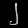
Digit: ၂